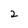
Character: 2